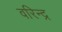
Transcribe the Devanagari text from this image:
वरिन्द्र